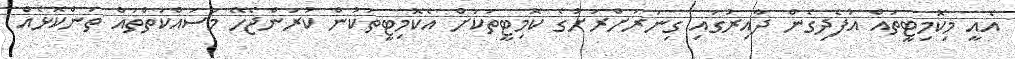
އެއީ މިކޮމިޓީތައް އުފެދިގެން ދާއިރުގައި ގިނަރަށްރަށުގެ ކޮމިޓީތަކަށް އެކޮމިޓީތަކުން ކުރަންޖެހޭ މަސައްކަތްތައް ތަންކޮޅެއް